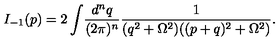
I _ { - 1 } ( p ) = 2 \int \! \frac { d ^ { n } q } { ( 2 \pi ) ^ { n } } \frac { 1 } { ( q ^ { 2 } + \Omega ^ { 2 } ) ( ( p + q ) ^ { 2 } + \Omega ^ { 2 } ) } .